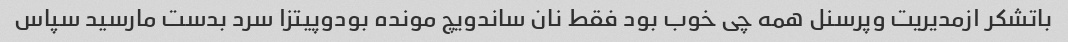
باتشکر ازمدیریت وپرسنل همه چی خوب بود فقط نان ساندویچ مونده بودوپیتزا سرد بدست مارسید سپاس